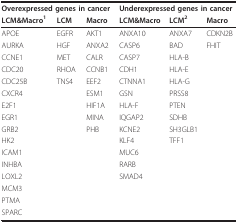
| <COLSPAN=3> Overexpressed genes in cancer | <COLSPAN=3> Underexpressed genes in cancer |
 | LCM&Macro1 | LCM | Macro | LCM&Macro | LCM2 | Macro |
 | --- | --- | --- | --- | --- | --- |
 | APOE | EGFR | AKT1 | ANXA10 | ANXA7 | CDKN2B |
 | AURKA | HGF | ANXA2 | CASP6 | BAD | FHIT |
 | CCNE1 | MET | CALR | CASP7 | HLA-B |  |
 | CDC20 | RHOA | CCNB1 | CDH1 | HLA-E |  |
 | CDC25B | TNS4 | EEF2 | CTNNA1 | HLA-G |  |
 | CXCR4 |  | ESM1 | GSN | PRSS8 |  |
 | E2F1 |  | HIF1A | HLA-F | PTEN |  |
 | EGR1 |  | MINA | IQGAP2 | SDHB |  |
 | GRB2 |  | PHB | KCNE2 | SH3GLB1 |  |
 | HK2 |  |  | KLF4 | TFF1 |  |
 | ICAM1 |  |  | MUC6 |  |  |
 | INHBA |  |  | RARB |  |  |
 | LOXL2 |  |  | SMAD4 |  |  |
 | MCM3 |  |  |  |  |  |
 | PTMA |  |  |  |  |  |
 | SPARC |  |  |  |  |  |